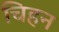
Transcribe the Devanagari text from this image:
चिहन